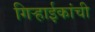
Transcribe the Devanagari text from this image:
गिर्‍हाईकांची